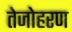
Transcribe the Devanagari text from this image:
तेजोहरण